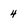
Character: 4